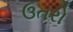
ઉતરો